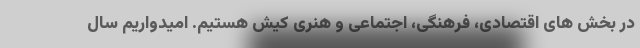
در بخش های اقتصادی، فرهنگی، اجتماعی و هنری کیش هستیم. امیدواریم سال